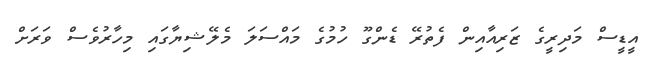
އީޑީސް މަދިރީގެ ޒަރިއާއިން ފެތުރޭ ޑެންގޫ ހުމުގެ މައްސަލަ މެލޭޝިޔާގައި މިހާރުވެސް ވަރަށް